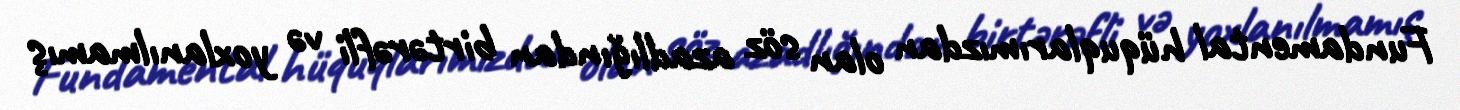
Fundamental hüquqlarımızdan olan söz azadlığından birtərəfli və yoxlanılmamış